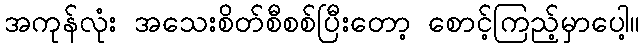
အကုန်လုံး အသေးစိတ်စီစစ်ပြီးတော့ စောင့်ကြည့်မှာပေါ့။